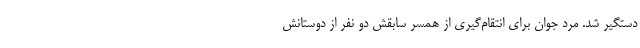
دستگیر شد. مرد جوان برای انتقام‌گیری از همسر سابقش دو نفر از دوستانش